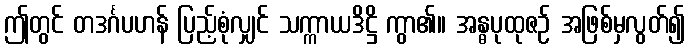
ဤတွင် တဒင်္ဂပဟန် ပြည့်စုံလျှင် သက္ကာယဒိဋ္ဌိ ကွာ၏။ အန္ဓပုထုဇဉ် အဖြစ်မှလွတ်၍